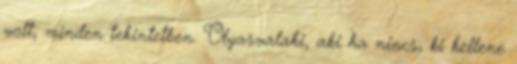
volt, minden tekintetben. Olyasvalaki, aki ha nincs, ki kellene